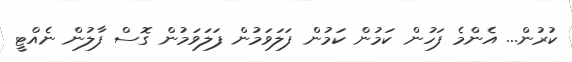
ކުރުން... އެންމެ ފަހުން ކަމުން ކަމުން ފަލަވަމުން ފަލަވަމުން ގޮސް ފާލުން ނެއްޓީ